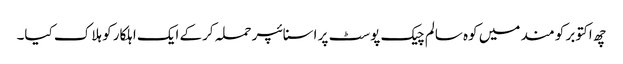
چھ اکتوبر کو مند میں کوہ سالم چیک پوسٹ پر اسنائپر حملہ کرکے ایک اہلکار کو ہلاک کیا۔